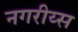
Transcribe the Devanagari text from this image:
नगरीय्स